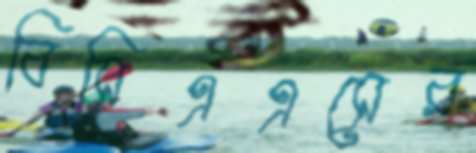
বিসিএএসের